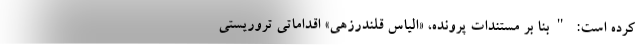
کرده است: "بنا بر مستندات پرونده، «الیاس قلندرزهی» اقداماتی تروریستی